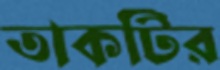
তাকটির